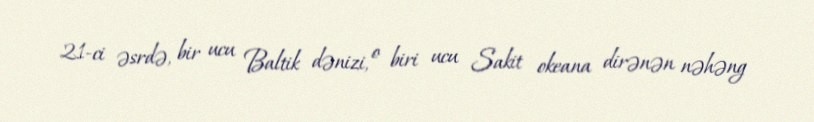
21-ci əsrdə, bir ucu Baltik dənizi, o biri ucu Sakit okeana dirənən nəhəng